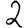
Digit: 2